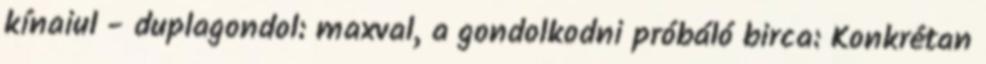
kínaiul - duplagondol: maxval, a gondolkodni próbáló birca: Konkrétan